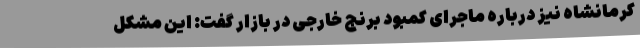
کرمانشاه نیز درباره ماجرای کمبود برنج خارجی در بازار گفت: این مشکل